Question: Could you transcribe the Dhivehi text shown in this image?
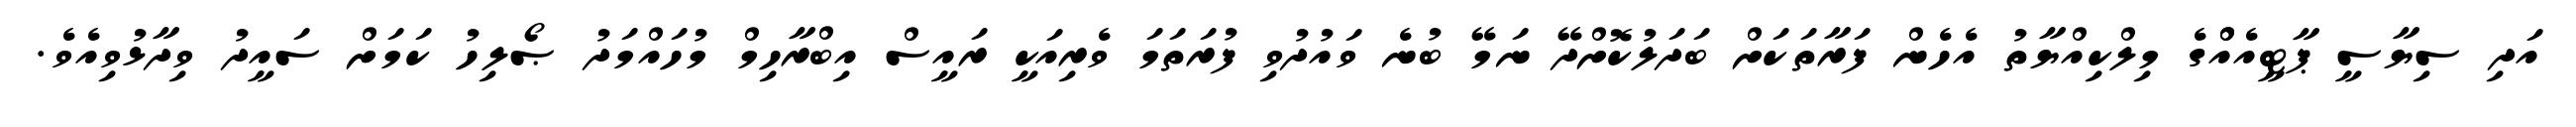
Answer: އަދި ސިޔާސީ ޕާޓީއެއްްގެ މިލްކިއްޔާތު އެހެން ފަރާތަކަށް ބަދަލުކޮށްދޭ ނަމޭ ބުނެ ވައުދުވި ފުރަތަމަ ވެރިއަކީ ރައީސް އިބްރާހިމް މުހައްމަދު ޞޯލިހު ކަމަށް ސައީދު ވިދާޅުވިއެވެ.